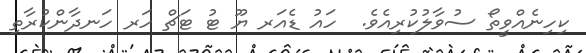
ކިހިނެއްވީތޯ ސުވާލުކުރިއެވެ.  ހައު ޑެއަރ ޔޫ ޓު ޓަޗް ހަރ ހަނދާންކުރާތި